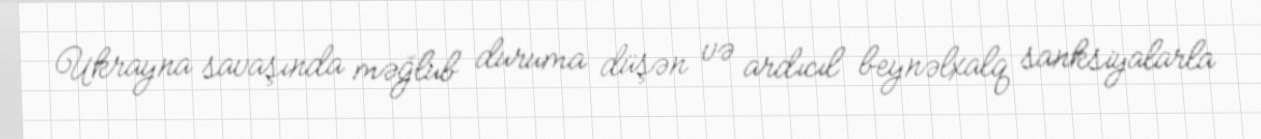
Ukrayna savaşında məğlub duruma düşən və ardıcıl beynəlxalq sanksiyalarla